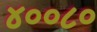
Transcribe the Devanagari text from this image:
४००८०